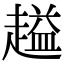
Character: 𬦜